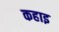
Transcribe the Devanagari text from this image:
कहाइ